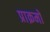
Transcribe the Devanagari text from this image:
प्राक्रमों